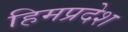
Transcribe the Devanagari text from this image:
हिमप्रदेश